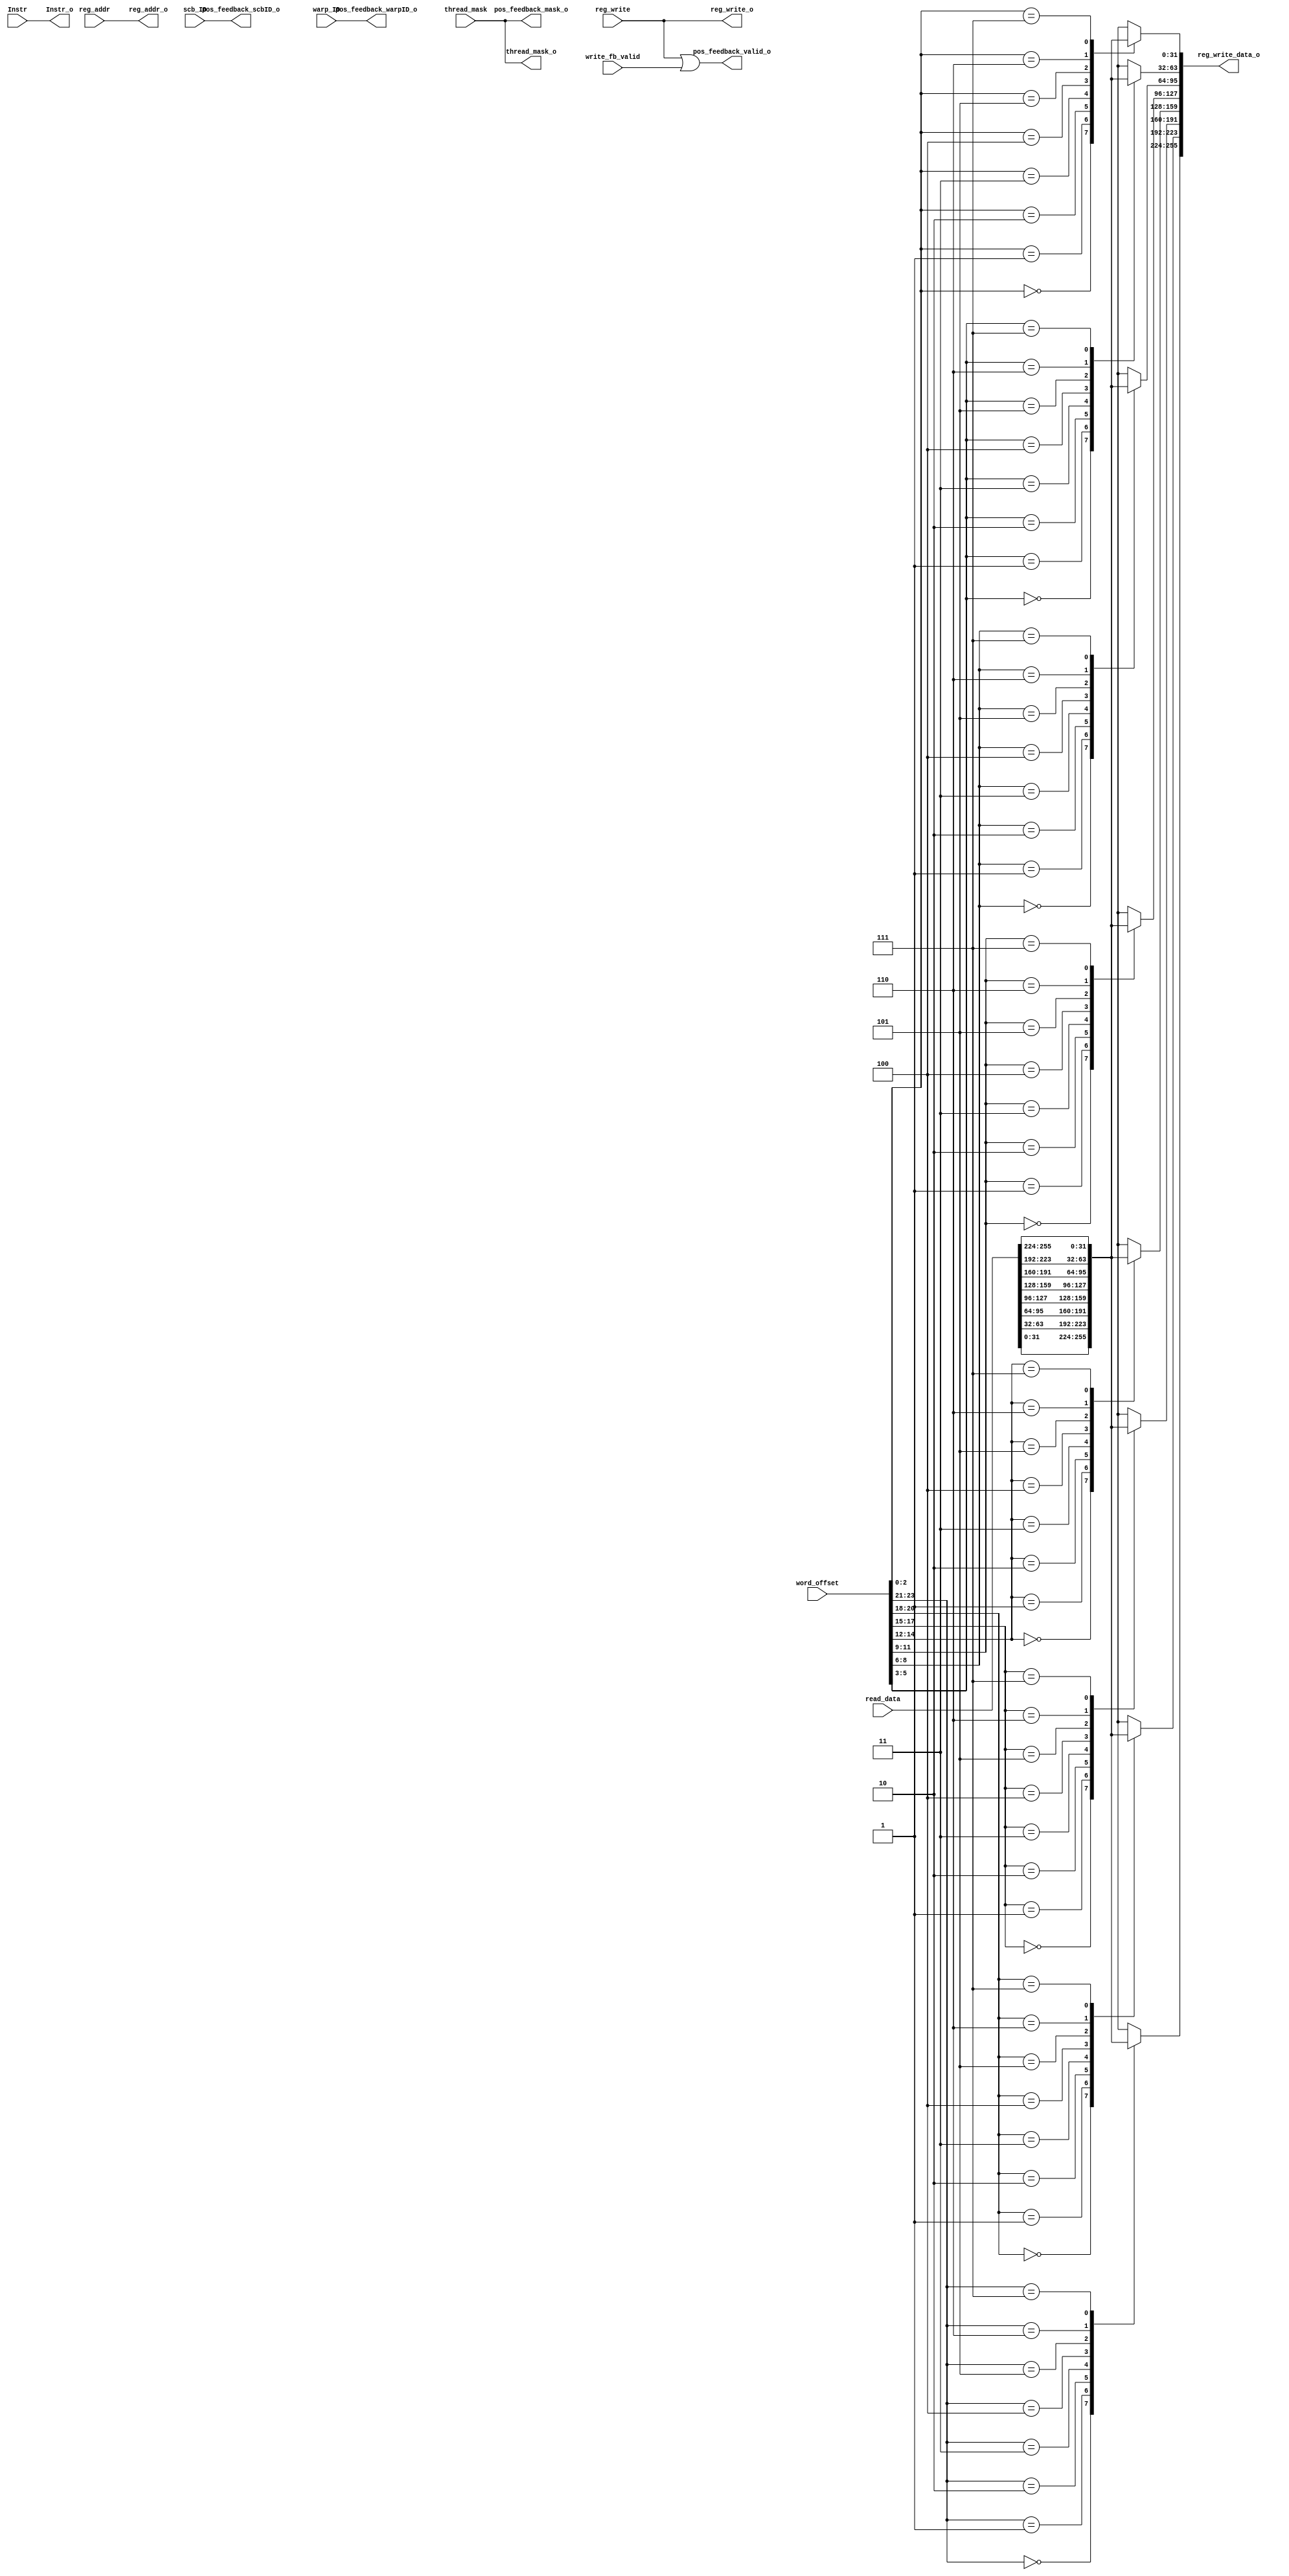
module mem_stage4(
	
	
	input reg_write, write_fb_valid,
	input [2:0] warp_ID,
	input [1:0] scb_ID,
	input [255:0] read_data,
	input [4:0] reg_addr,
	input [7:0] thread_mask,
	input [23:0] word_offset,
	input [31:0] Instr,
	
	
	
	output reg reg_write_o,
	output reg [4:0] reg_addr_o,
	output reg [7:0] thread_mask_o,
	output reg [255:0] reg_write_data_o,
	output reg [31:0] Instr_o,
	
	
	output reg [7:0] pos_feedback_mask_o,
	output reg pos_feedback_valid_o,
	output reg [2:0] pos_feedback_warpID_o,
	output reg [1:0] pos_feedback_scbID_o
);
	
	
	wire [31:0] read_data_int [7:0];
	wire [2:0] word_offset_int [7:0];
	
	reg [31:0] reg_write_data_int [7:0];
	
	integer i;
	
	
	
	assign read_data_int[0] = read_data[31:0];
	assign read_data_int[1] = read_data[63:32];
	assign read_data_int[2] = read_data[95:64];
	assign read_data_int[3] = read_data[127:96];
	assign read_data_int[4] = read_data[159:128];
	assign read_data_int[5] = read_data[191:160];
	assign read_data_int[6] = read_data[223:192];
	assign read_data_int[7] = read_data[255:224];
	
	
	assign word_offset_int[0] = word_offset[2:0];
	assign word_offset_int[1] = word_offset[5:3];
	assign word_offset_int[2] = word_offset[8:6];
	assign word_offset_int[3] = word_offset[11:9];
	assign word_offset_int[4] = word_offset[14:12];
	assign word_offset_int[5] = word_offset[17:15];
	assign word_offset_int[6] = word_offset[20:18];
	assign word_offset_int[7] = word_offset[23:21];
	
	
	
	
	
	
	always@(*)
	begin
	    
		for(i=0; i<8; i=i+1)
			reg_write_data_int[i] = read_data_int[word_offset_int[i]];
			
		reg_write_data_o = {reg_write_data_int[7], reg_write_data_int[6], reg_write_data_int[5], reg_write_data_int[4], reg_write_data_int[3], reg_write_data_int[2], reg_write_data_int[1], reg_write_data_int[0]};
		
		
		reg_write_o		=	reg_write;
		reg_addr_o		=	reg_addr;
		thread_mask_o	=	thread_mask;
		Instr_o			=	Instr;
		
		
		pos_feedback_warpID_o		=	warp_ID;
		pos_feedback_scbID_o		=	scb_ID;
		pos_feedback_valid_o		=	(reg_write || write_fb_valid);
		pos_feedback_mask_o			=	thread_mask;
		
	end
	
	
	
endmodule